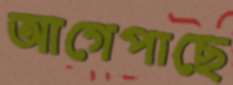
আগেপাছে